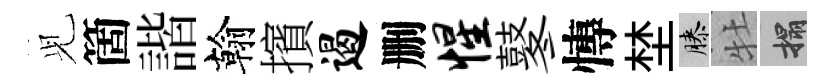
𫤗箇諧翰擯遏删惺鼕慱埜膝牡搨